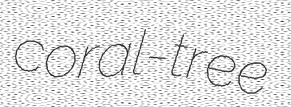
coral-tree